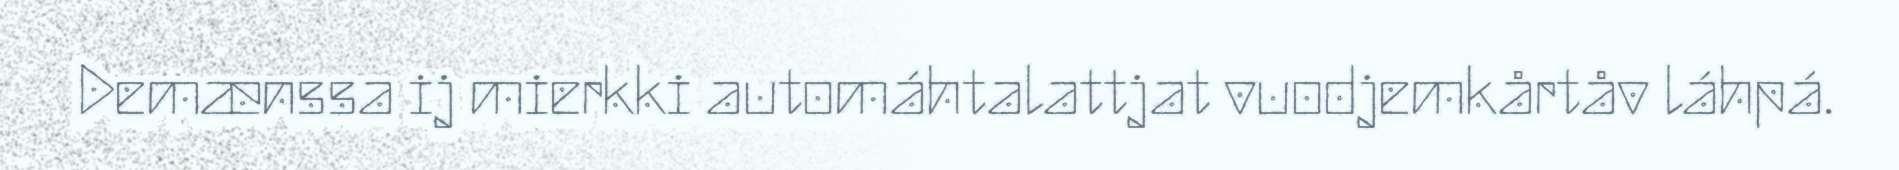
Demænssa ij mierkki automáhtalattjat vuodjemkårtåv láhpá.